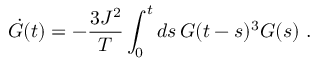
\dot { G } ( t ) = - \frac { 3 J ^ { 2 } } { T } \int _ { 0 } ^ { t } d s \, G ( t - s ) ^ { 3 } G ( s ) ~ .